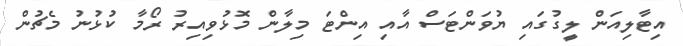
އިޓާލިއަން ލީގުގައި ޔުވަންޓަސް އާއި އިންޓަ މިލާން މޮޅުވިއިރު ރޯމާ ކުޅުނު މެޗުން